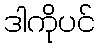
ဒါကိုပင်